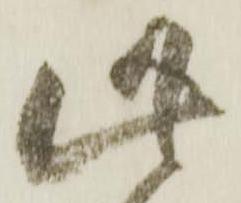
此